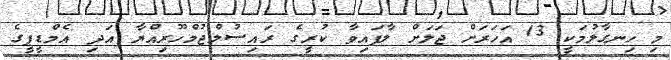
މި ހިނގާލުމަކީ 13 އަހަރަށް ޖަލަށް ލާފައިވާ ކުރީގެ ރައިސުލްޖުމްހޫރިއްޔާ އަދި އެމްޑީޕީގެ